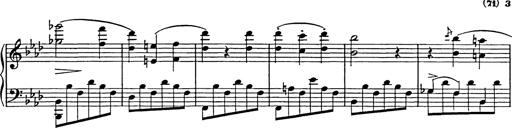
Title: Feuilles d'Album
Composer: Percy Godfrey